system: You are a helpful assistant.
user:
Analyze the provided spectrum to determine if it is a **"Cataclysmic Variables (CV)"**.

- **Key Indicators for CV (Check for either state):**
    - **State 1: Quiescent / Low-State (Emission-Dominated)**
        - **(Primary):** Strong and *very broad* Hydrogen Balmer emission lines (e.g., $H\alpha$ at 6563 Å, $H\beta$ at 4861 Å). The 'broadness' (high velocity dispersion, often FWHM > 1000 km/s) is the key diagnostic, indicating a high-velocity accretion disk.
        - **(Secondary):** Broad neutral Helium (He I) emission lines (e.g., 5876 Å, 6678 Å).
        - **(Key Confirmation):** Presence of high-excitation *ionized* Helium (He II) emission at 4686 Å. This is a strong indicator of accretion onto a white dwarf.
        - **(Line Profile):** Emission lines may exhibit a 'double-peaked' profile, which is a classic signature of a rotating accretion disk viewed at high inclination.

    - **State 2: Outburst / High-State (Absorption-Dominated)**
        - **(Primary):** Spectrum is dominated by a bright, blue continuum (looks like a hot star).
        - **(Secondary):** The emission lines from State 1 are weak, absent, or 'filled in', and are replaced by broad, shallow *absorption* lines (primarily Balmer and He I).
        - **(Morphology):** The overall spectrum mimics a hot B/A-type star. The crucial difference is that the absorption lines are significantly broader, shallower, and more 'washed-out' (or 'smeared') than the sharp lines of a normal stellar photosphere, due to high rotational speeds and pressure broadening in the disk.

Think first, call **spectral_visualization_tool** if needed to examine features in detail, then provide your final answer. Your response must adhere to the following strict rules:
1.  **Overall Structure:** Your response must follow the format `<think>...</think> <tool_call>...</tool_call> (if a tool is used) <answer>...</answer>`.
2.  **Tool Usage Constraint:** You may only make **one** tool call per turn.
3.  **Final Answer Format:** In the `<answer>` tag, your conclusion must be inside a `\boxed{}` command (e.g., `\boxed{YES}`), followed by your justification.

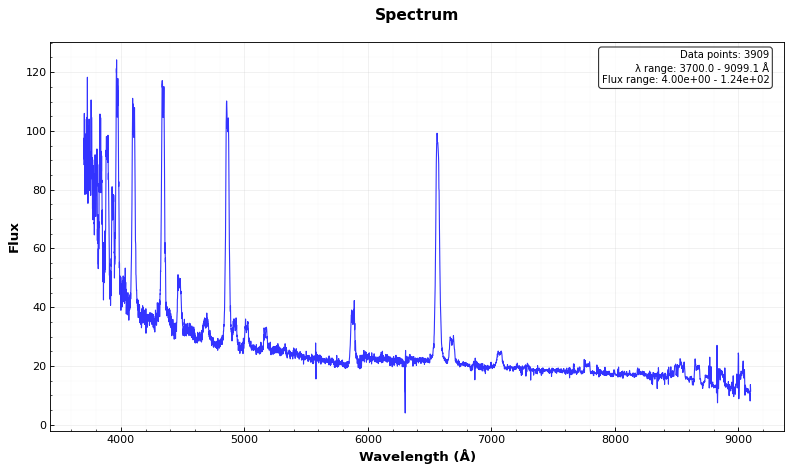
Answer: YES